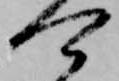
可